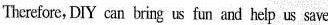
Therefore, DIY can bring us fun and help us save